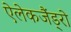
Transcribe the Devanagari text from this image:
ऐलेकजैंड्रो